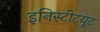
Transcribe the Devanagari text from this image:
इनिस्टीटयूट